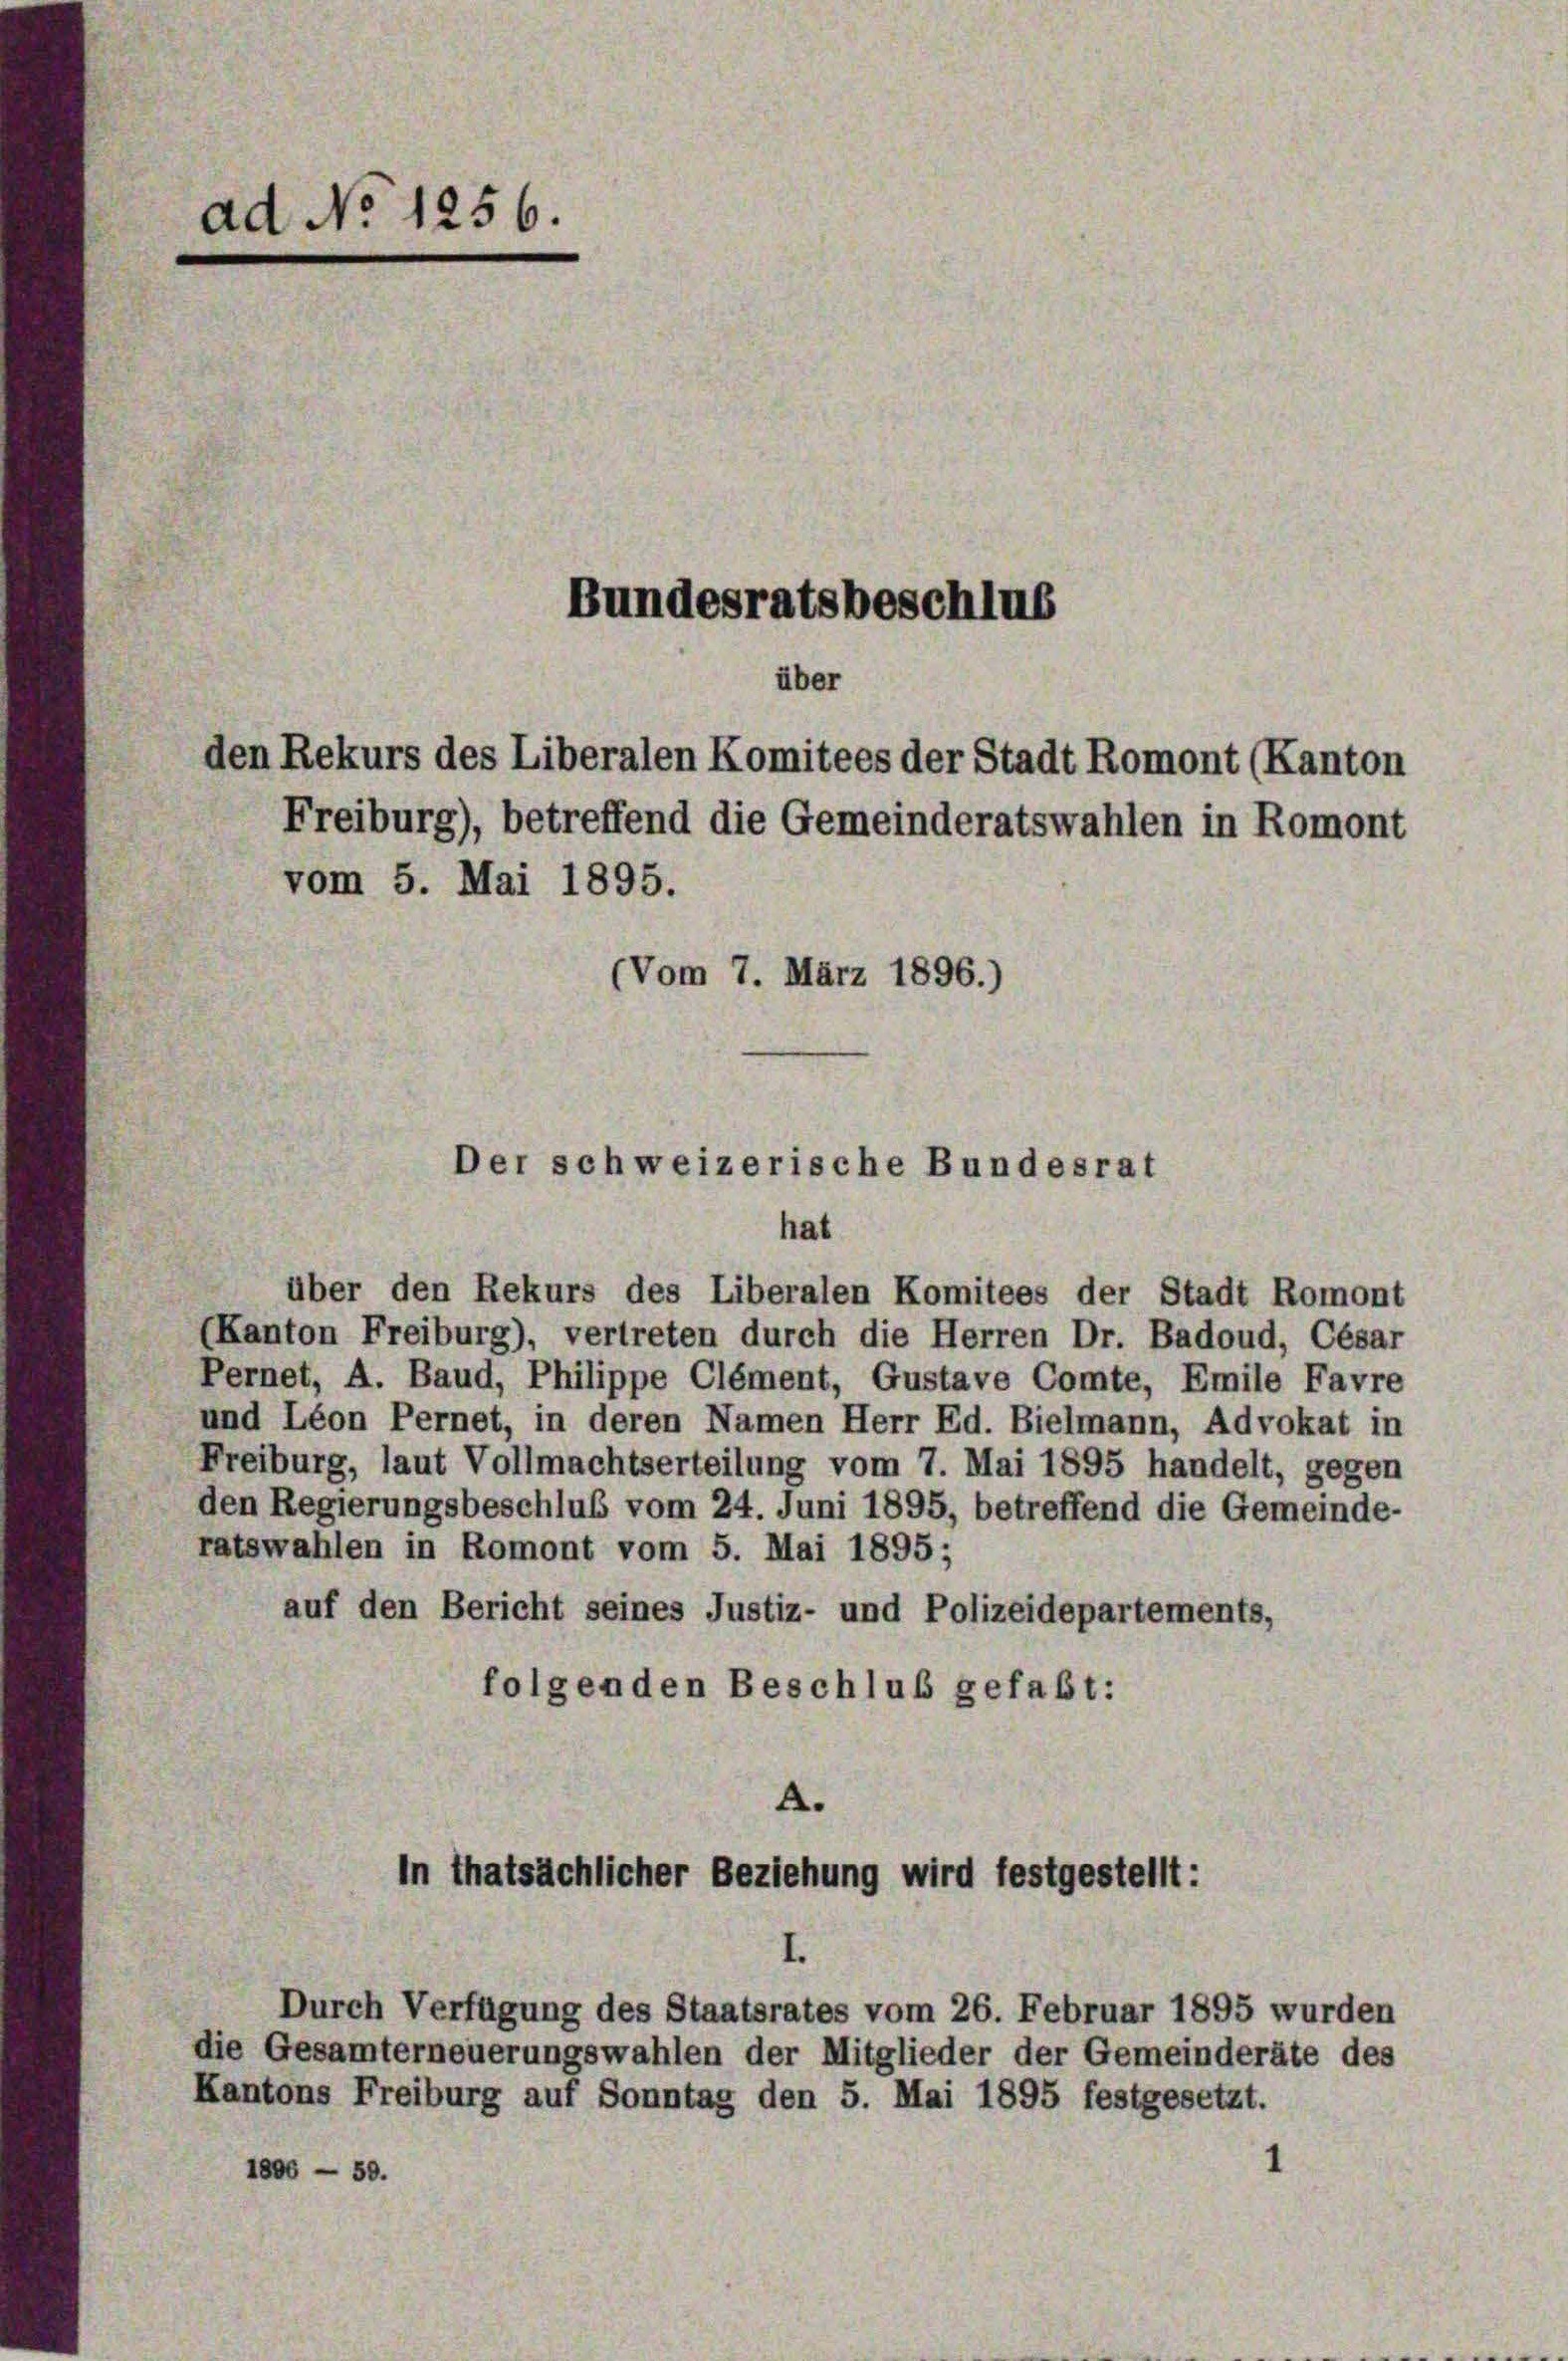
ad No 1256.
Bundesratsbeschlus
über
den Rekurs des Liberalen Komitees der Stadt Romont (Kanton
Freiburg), betreffend die Gemeinderatswahlen in Romont
vom 5. Mai 1895.
(Vom 7. März 1896.)

über den Rekurs des Liberalen Komitees der Stadt Romont
(Kanton Freiburg), vertreten durch die Herren Dr. Badoud, Cesar
Pernet, A. Baud, Philippe Clément, Gustave Comte, Emile Favre
und Léon Pernet, in deren Namen Herr Ed. Bielmann, Advokat in
Freiburg, laut Vollmachtserteilung vom 7. Mai 1895 handelt, gegen
den Regierungsbeschluß vom 24. Juni 1895, betreffend die Gemeinde-
ratswahlen in Romont vom 5. Mai 1895;
auf den Bericht seines Justiz- und Polizeidepartements,
folgenden Beschluß gefaßt:
A.
In thatsächlicher Beziehung wird festgestellt:
Durch Verfügung des Staatsrates vom 26. Februar 1895 wurden
die Gesamterneuerungswahlen der Mitglieder der Gemeinderäte des
Kantons Freiburg auf Sonntag den 5. Mai 1895 festgesetzt.
1806 — 50.

Der schweizerische Bundesrat
hat